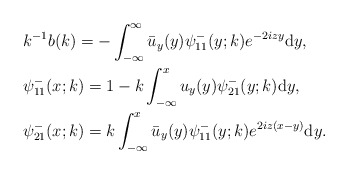
\begin{align*}&k^{-1} b(k)=- \int_{-\infty}^{\infty} \bar{u}_y(y) \psi^-_{11}(y;k) e^{-2iz y}\mathrm{d}y,\\&\psi^-_{11}(x;k)=1-k \int_{-\infty}^{x} u_y(y) \psi^-_{21}(y;k) \mathrm{d}y, \\&\psi^-_{21}(x;k)=k \int_{-\infty}^{x} \bar{u}_y(y) \psi^-_{11}(y ; k) e^{2iz(x-y)} \mathrm{d}y.\end{align*}